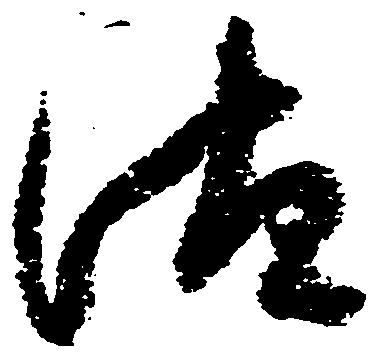
汰